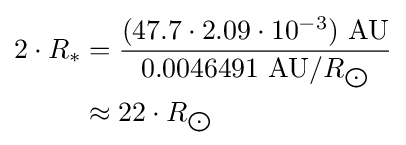
{\begin{aligned}2\cdot R_{*}&={\frac {(47.7\cdot 2.09\cdot 10^{-3})\ {\text{AU}}}{0.0046491\ {\text{AU}}/R_{\bigodot }}}\\&\approx 22\cdot R_{\bigodot }\end{aligned}}